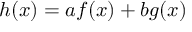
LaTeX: h ( x ) = a f ( x ) + b g ( x )